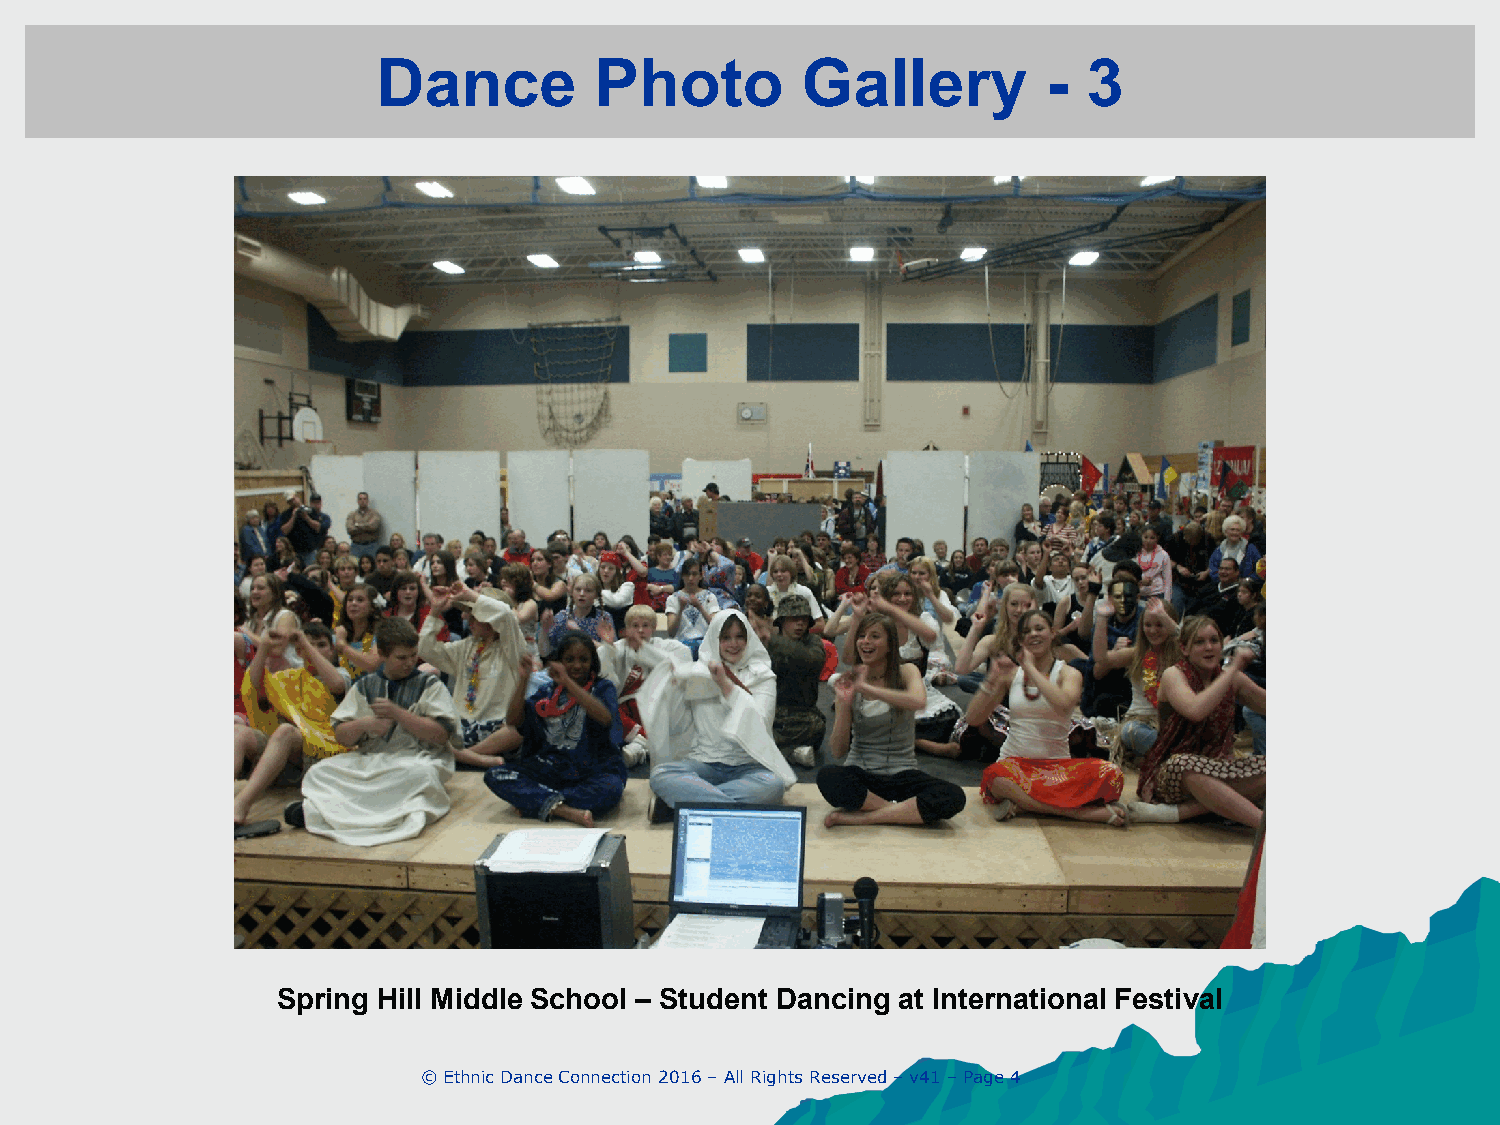
Dance         Photo         Gallery         -  3
 Spring Hill Middle School – Student Dancing at International Festival
 © Ethnic Dance Connection 2016 – All Rights Reserved – v41 – Page 4